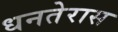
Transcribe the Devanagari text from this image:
धनतेरास